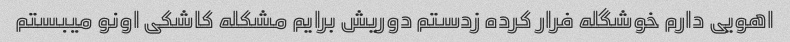
اهویی دارم خوشگله فرار کرده زدستم دوریش برایم مشکله کاشکی اونو میبستم